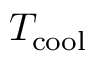
T _ { \mathrm { c o o l } }